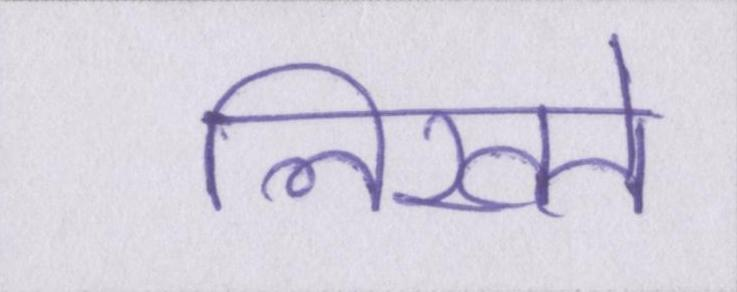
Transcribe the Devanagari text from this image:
लिखते